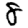
Digit: 8